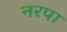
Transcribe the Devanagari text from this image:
नरपा